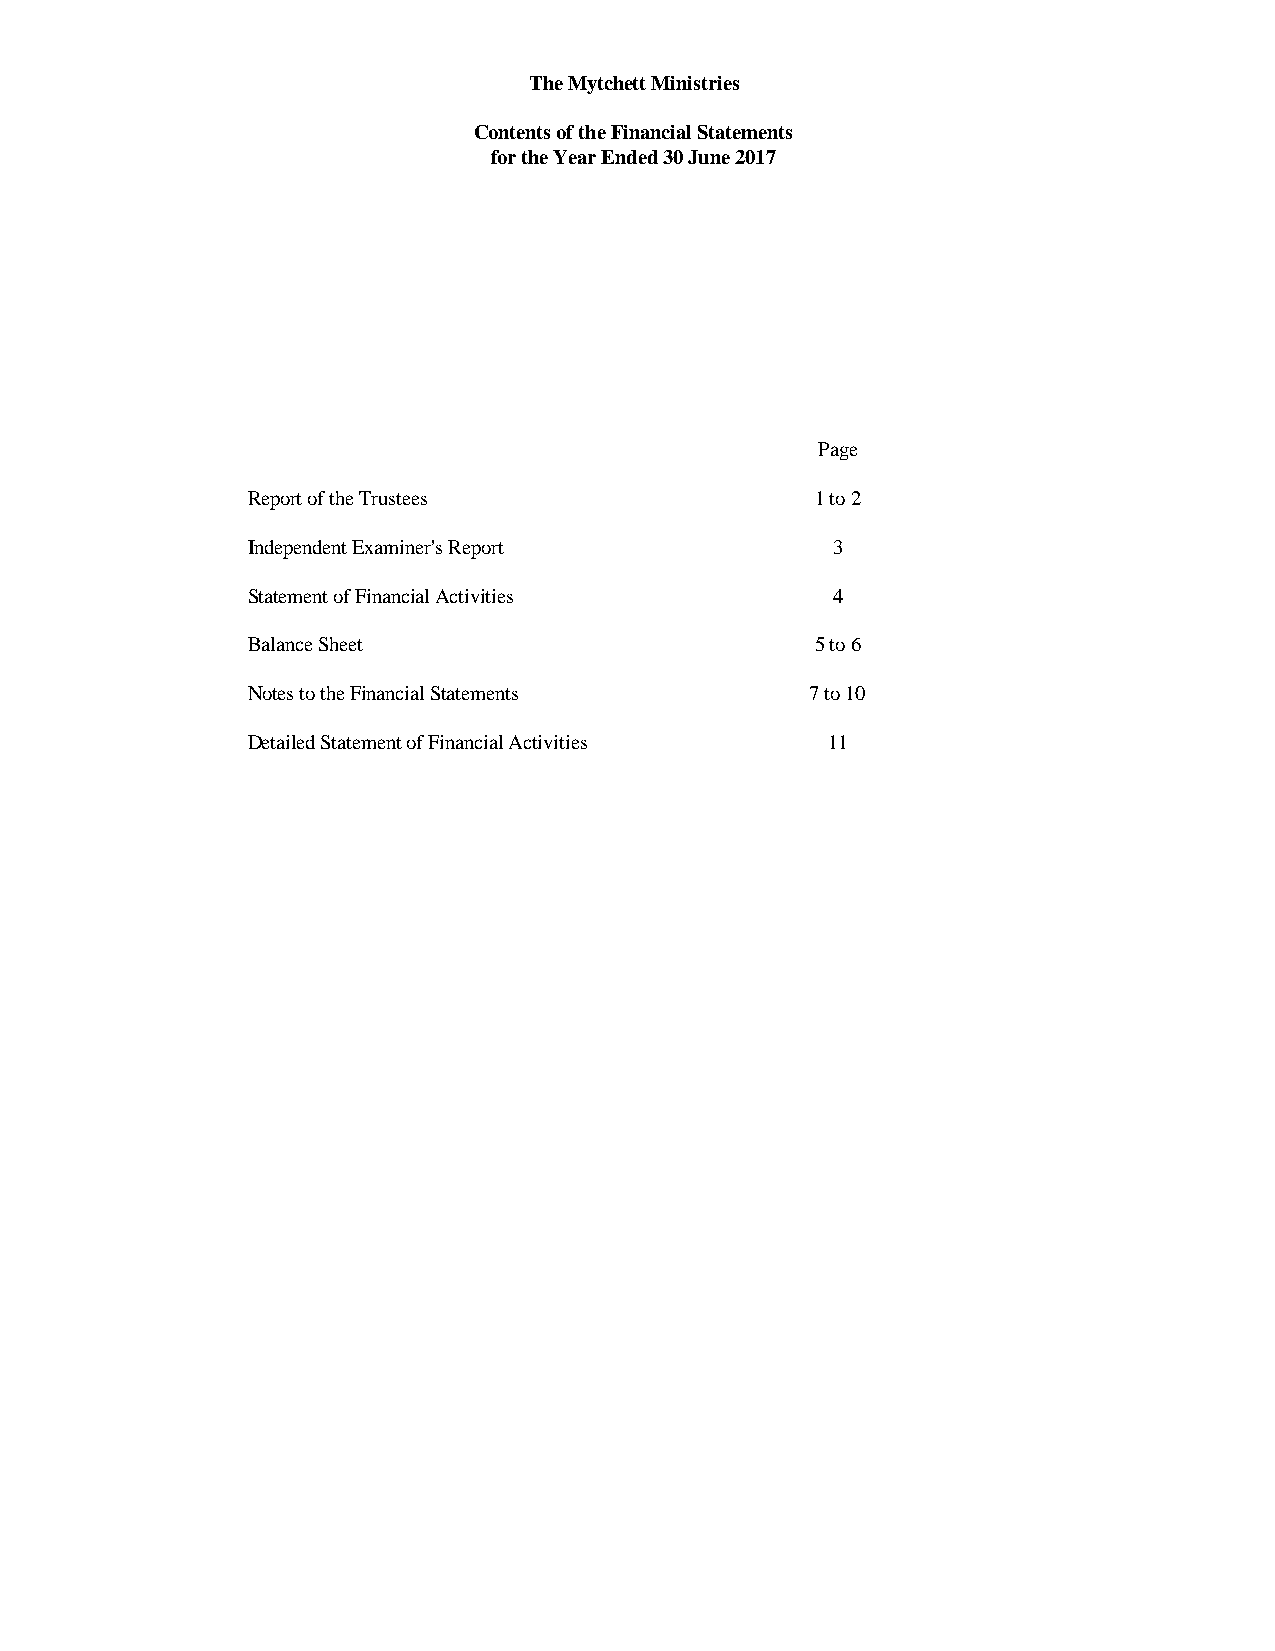
The Mytchett Ministries
 Contents of the Financial Statements
 for the Year Ended 30 June 2017
 Page
 Report of the Trustees                1 to 2
 Independent Examiner's Report          3
 Statement of Financial Activities      4
 Balance Sheet                         5 to 6
 Notes to the Financial Statements     7 to 10
 Detailed Statement of Financial Activities 11